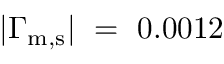
| \Gamma _ { \mathrm { m , s } } | ~ = ~ 0 . 0 0 1 2